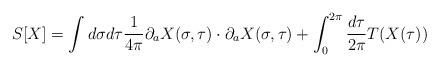
LaTeX: \begin{align*}S[X]=\int d\sigma d\tau \frac{1}{4\pi}\partial_a X(\sigma,\tau)\cdot \partial_a X(\sigma,\tau)+\int_0^{2\pi}\frac{d\tau}{2\pi} T(X(\tau)) \end{align*}